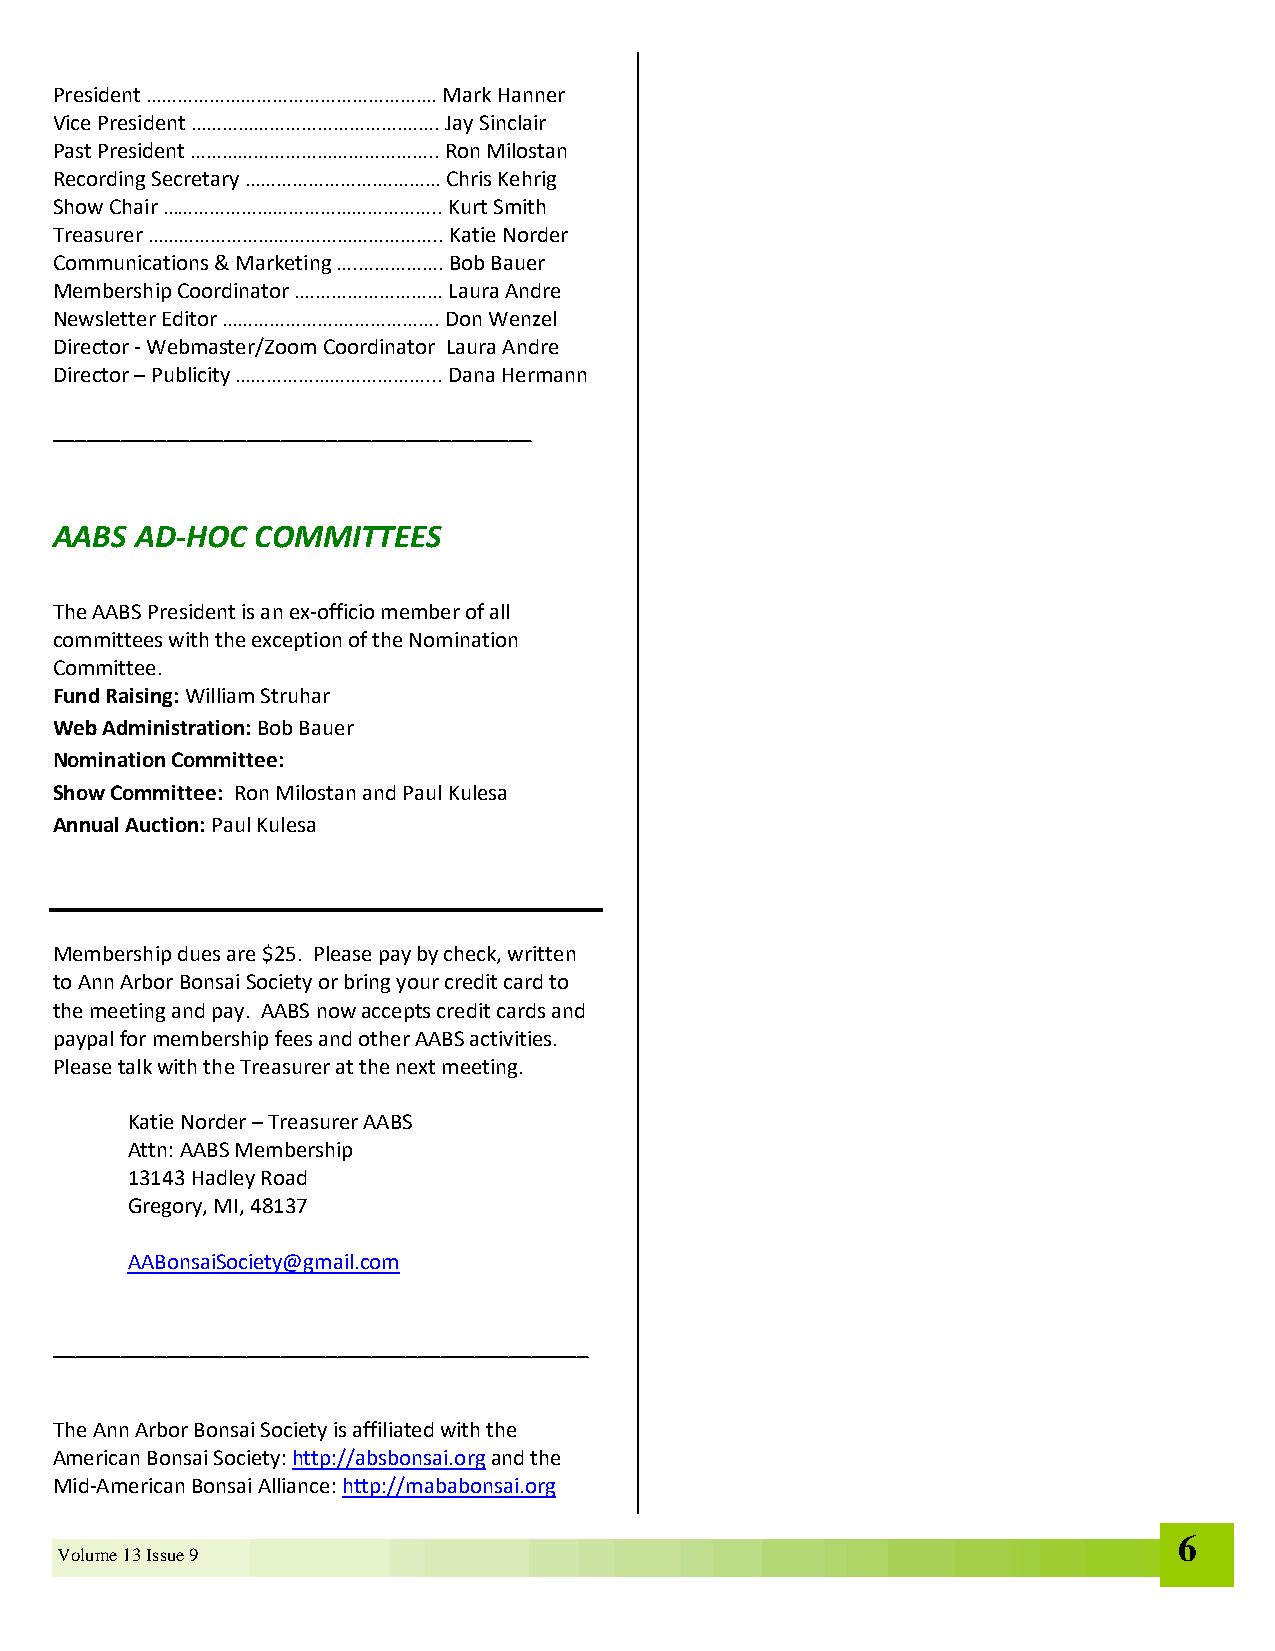
President …………………………………………….… Mark Hanner
 Vice President ………………………………….……. Jay Sinclair
 Past President ……………………………………….. Ron Milostan
 Recording Secretary …………………….………… Chris Kehrig
 Show Chair …………………………………………….. Kurt Smith
 Treasurer ……………………………………………….. Katie Norder
 Communications & Marketing ….……………. Bob Bauer
 Membership Coordinator ….…………………… Laura Andre
 Newsletter Editor ………………….………………. Don Wenzel
 Director - Webmaster/Zoom Coordinator Laura Andre
 Director – Publicity ………………………………... Dana Hermann
 __________________________________________
 AABS  AD-HOC  COMMITTEES
 The AABS President is an ex-officio member of all
 committees with the exception of the Nomination
 Committee.
 Fund Raising: William Struhar
 Web Administration: Bob Bauer
 Nomination Committee:
 Show Committee: Ron Milostan and Paul Kulesa
 Annual Auction: Paul Kulesa
 Membership dues are $25. Please pay by check, written
 to Ann Arbor Bonsai Society or bring your credit card to
 the meeting and pay. AABS now accepts credit cards and
 paypal for membership fees and other AABS activities.
 Please talk with the Treasurer at the next meeting.
 Katie Norder – Treasurer AABS
 Attn: AABS Membership
 13143 Hadley Road
 Gregory, MI, 48137
 AABonsaiSociety@gmail.com
 _______________________________________________
 The Ann Arbor Bonsai Society is affiliated with the
 American Bonsai Society: http://absbonsai.org and the
 Mid-American Bonsai Alliance: http://mababonsai.org
 6
 Volume 13 Issue 9